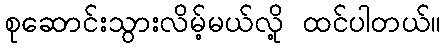
စုဆောင်းသွားလိမ့်မယ်လို့ ထင်ပါတယ်။